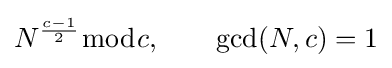
N^{\frac {c-1}{2}}{\bmod {c}},\qquad \gcd(N,c)=1